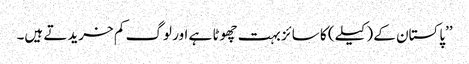
’’پاکستان کے (کیلے) کا سائز بہت چھوٹا ہے اور لوگ کم خریدتے ہیں۔